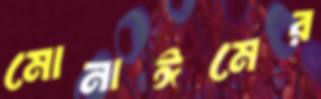
মোনাঈমের